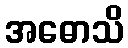
အဓောသိ